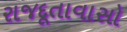
રાજદૂતાવાસો